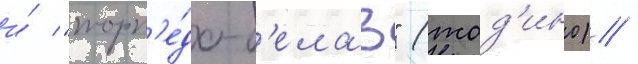
и́ "торп'е́до-б'елаз" (жод'ино) /